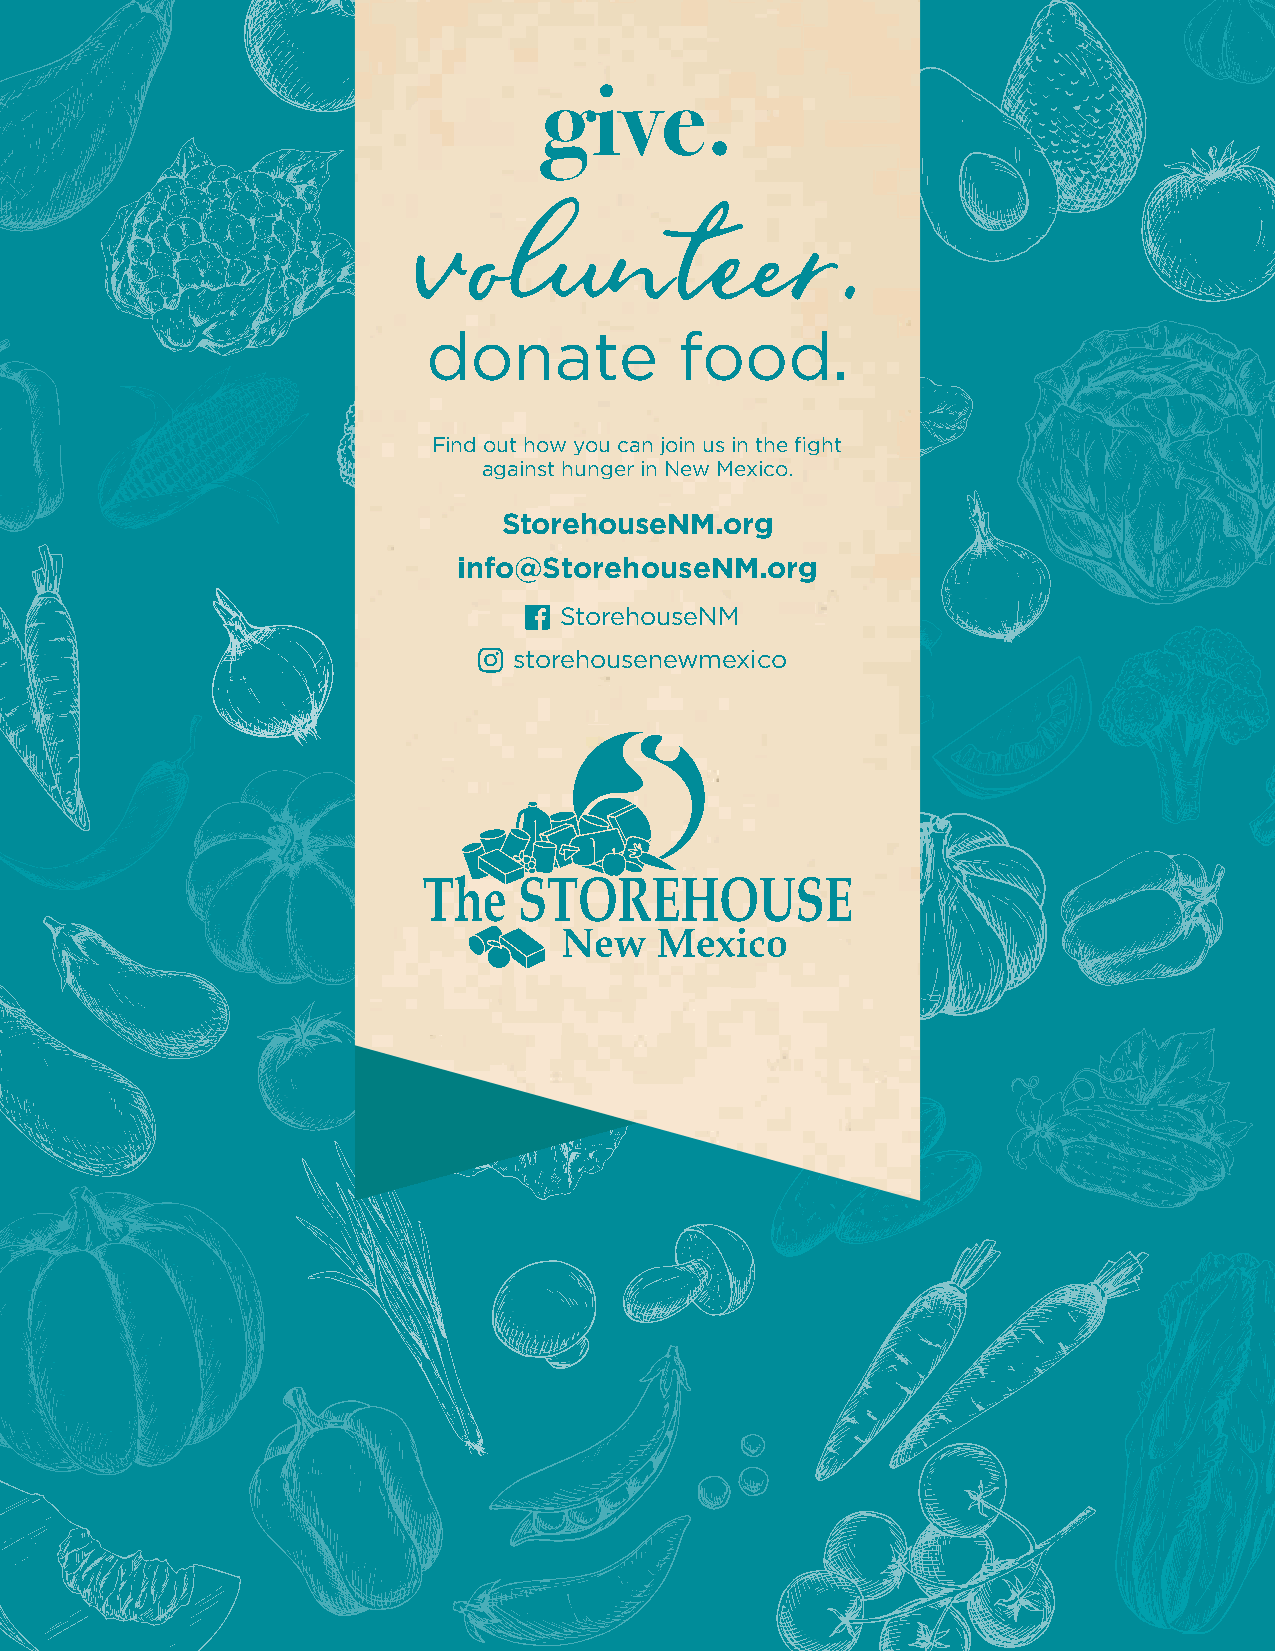
give.
 volunter.
 donate           food.
 Find out how you can join us in the fight
 against hunger in New Mexico.
 StorehouseNM.org
 info@StorehouseNM.org
 StorehouseNM
 storehousenewmexico
 PO BOX 94810
 Albuquerque, NM 87199